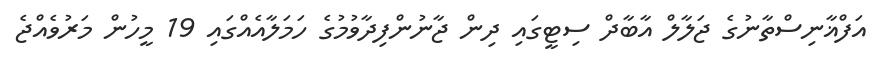
އަފްޣާނިސްތާނުގެ ޖަލާލް އާބާދް ސިޓީގައި ދިން ޖާނުންފިދާވުމުގެ ހަމަލާއެއްގައި 19 މީހުން މަރުވެއްޖެ